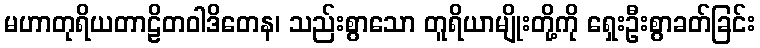
မဟာတုရိယတာဠိတဝါဒိတေန၊ သည်းစွာသော တူရိယာမျိုးတို့ကို ရှေးဦးစွာခတ်ခြင်း